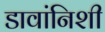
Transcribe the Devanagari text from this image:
डावांनिशी